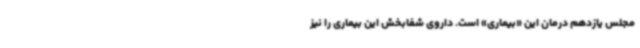
مجلس یازدهم درمان این «بیماری» است. داروی شفابخش این بیماری را نیز